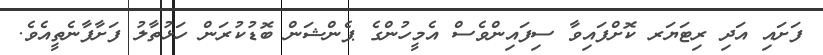
ފަށައި އަދި ރިޓަޔަރ ކޮށްފައިވާ ސިފައިންވެސް އެމީހުންގެ ޕެންޝަން ބޮޑުކުރަން ހަޅުތާލު ފަށާފާނެތީއެވެ.